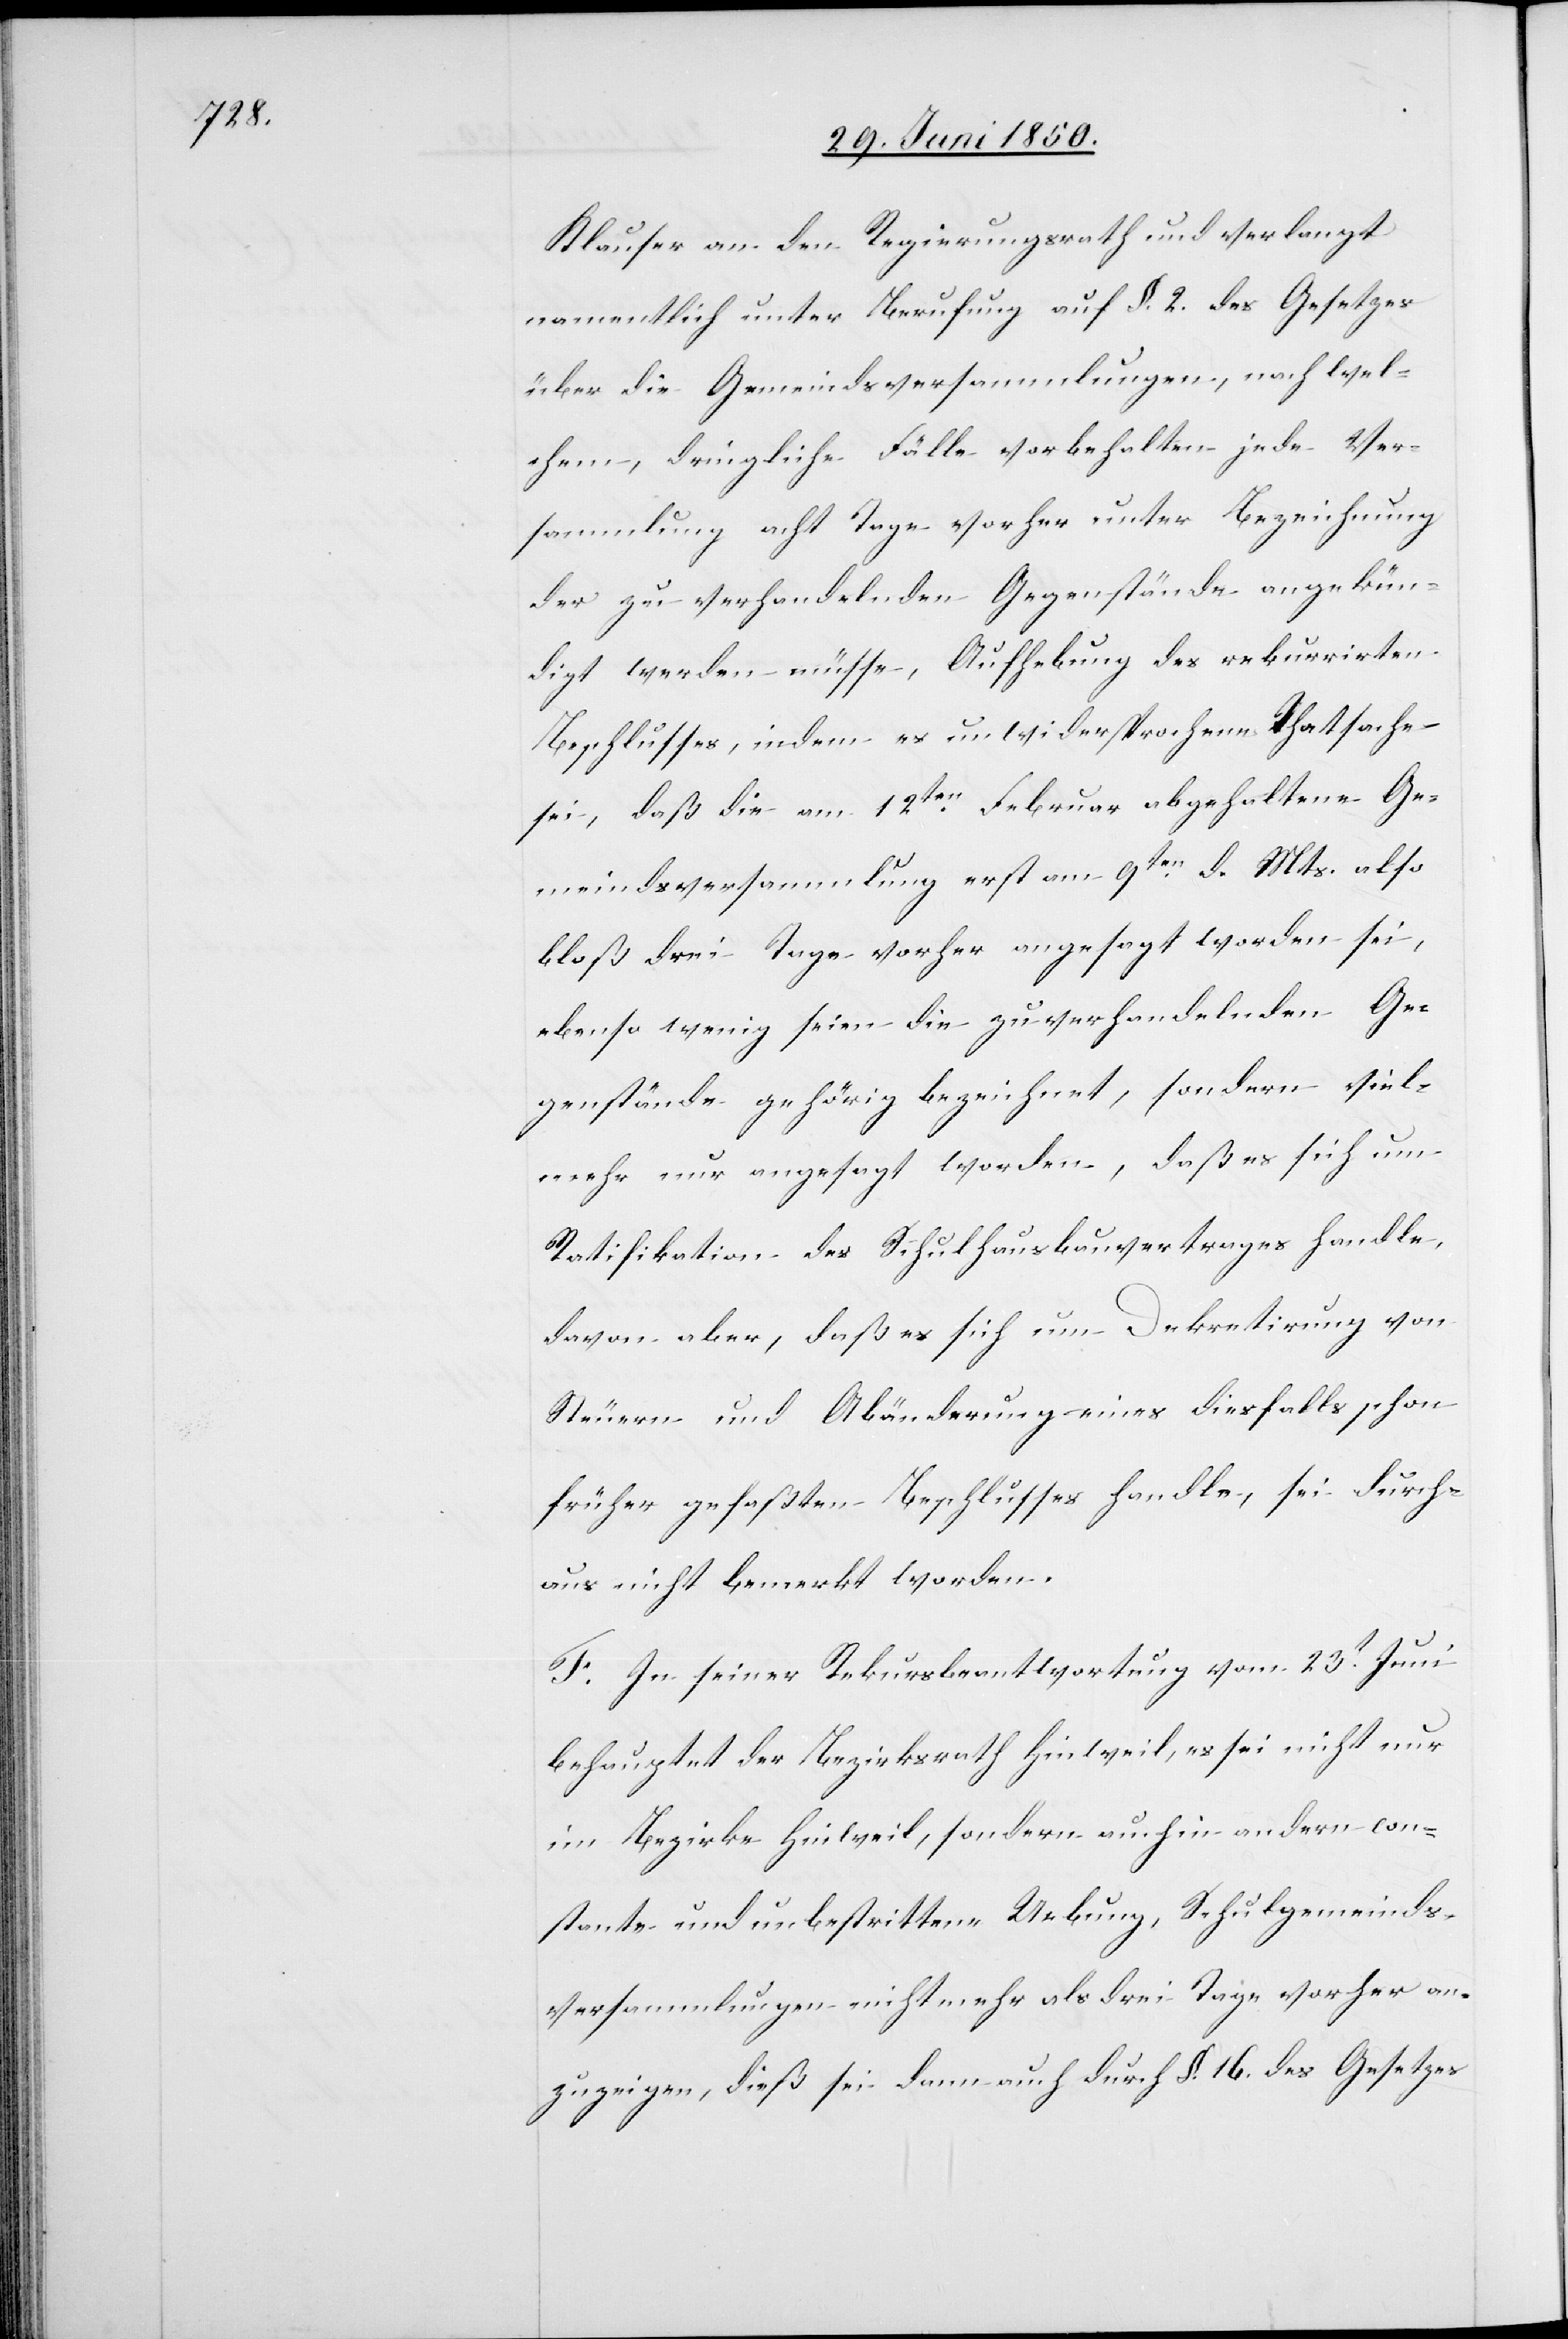
Klauser an den Regierungsrath und verlangt
namentlich unter Berufung auf §. 2. des Gesetzes
über die Gemeindsversammlungen, nach wel¬
chem, dringliche Fälle vorbehalten jede Ver¬
sammlung acht Tage vorher unter Bezeichnung
der zu verhandelnden Gegenstände angekün¬
digt werden müsse, Aufhebung des rekurrirten
Beschlusses, indem es unwidersprochene Thatsache
sei, daß die am 12ten Februar abgehaltene Ge¬
meindsversammlung erst am 9ten d. Mts. also
bloß drei Tage vorher angesagt worden sei,
ebenso wenig seien die zu verhandelnden Ge¬
genstände gehörig bezeichnet, sondern viel¬
mehr nur angesagt worden, daß es sich um
Ratifikation des Schulhausbauvertrages handle,
davon aber, daß es sich um Dekretirung von
Steuern und Abänderung eines diesfalls schon
früher gefaßten Beschlusses handle, sei durch¬
aus nicht bemerkt worden.
F. In seiner Rekursbeantwortung vom 23t Juni
behauptet der Bezirksrath Hinweil, es sei nicht nur
im Bezirke Hinweil, sondern auch in andern con¬
stante und unbestrittene Uebung, Schulgemeinds¬
versammlungen nicht mehr als drei Tage vorher an¬
zuzeigen, dieß sei dann auch durch §. 16. des Gesetzes